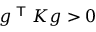
g ^ { \textsf { T } } K g > 0